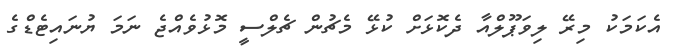
އެކަމަކު މިރޭ ލިވަޕޫލްއާ ދެކޮޅަށް ކުޅޭ މެޗުން ޗެލްސީ މޮޅުވެއްޖެ ނަމަ ޔުނައިޓެޑްގެ